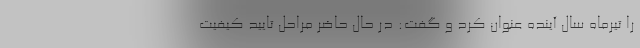
را تیرماه سال آینده عنوان کرد و گفت: در حال حاضر مراحل تایید کیفیت